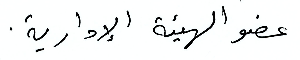
عضو الهيئة الإدارية.